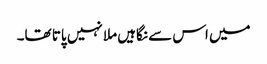
میں اس سے نگاہیں ملا نہیں پاتا تھا۔